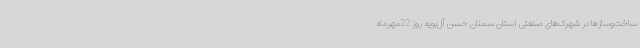
ساخت‌وسازها در شهرک‌های صنعتی استان سمنان حسن آل‌بویه روز 22مهرماه